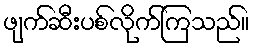
ဖျက်ဆီးပစ်လိုက်ကြသည်။